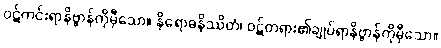
ဝဋ်ကင်းရာနိဗ္ဗာန်ကိုမှီသော။ နိရောဓနိဿိတံ၊ ဝဋ်တရား၏ချုပ်ရာနိဗ္ဗာန်ကိုမှီသော။